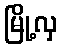
မြို့လှ